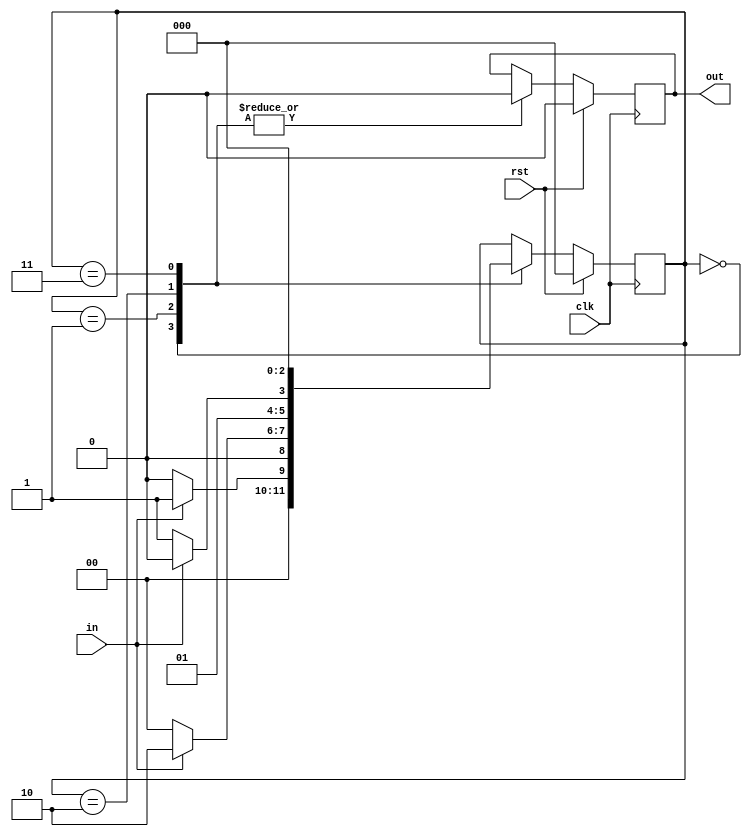

//non overlapping 11011 sequence using mealy fsm

module mealyfsmnol(input in,input clk,input rst,output reg out);
  reg [2:0] cst;//current state
  reg [2:0] nst;//next state
  parameter [1:0]s0=3'b000;
  parameter [1:0]s1=3'b001;
  parameter [1:0]s2=3'b010;
  parameter [1:0]s3=3'b011;
  parameter [1:0]s4=3'b100;
always@(posedge clk)
begin
  if(rst)begin
    out=1'b0;
    cst=s0;
    nst=s0;end
  else
    begin
    cst=nst;
    case(cst)
  s0: if(in) begin    
    out=1'b0;
    nst=s1;end
  else begin
    out=1'b0;
    nst=s0;end
  s1: if(in)begin
    out=1'b0;
    nst=s2;end
     else begin
    out=1'b0;
    nst=s0;end
  s2 : if(in)begin   
    out=1'b0;
    nst=s2;end
      else begin
    out=1'b0;
    nst=s3;end
  s3 : if(in)begin   
    out=1'b0;
    nst=s4;end
      else begin
    out=1'b0;
    nst=s0;end
  s4 : if(in)begin   
    out=1'b1;
    nst=s0;end
      else begin
    out=1'b0;
    nst=s0;end
   endcase
end
end
endmodule